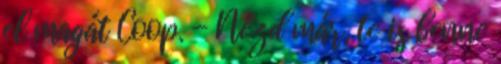
el magát Coop. - Nézd már, te is benne